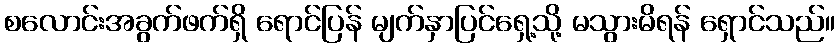
စလောင်းအခွက်ဖက်ရှိ ရောင်ပြန် မျက်နှာပြင်ရှေ့သို့ မသွားမိရန် ရှောင်သည်။